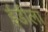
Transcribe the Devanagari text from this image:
ईडीला